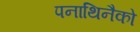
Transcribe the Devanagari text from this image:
पनाथिनैको